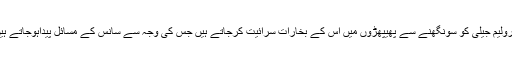
پٹرولیم جیلی کو سونگھنے سے پھیپھڑوں میں اس کے بخارات سرائیت کرجاتے ہیں جس کی وجہ سے سانس کے مسائل پیداہوجاتے ہیں۔